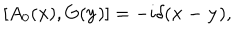
[ A _ { 0 } ( { \bf x } ) , G ( { \bf y } ) ] = - i \delta ( { \bf x - y } ) ,